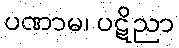
ပဏာမ၊ ပဋိညာ